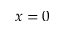
x = 0